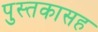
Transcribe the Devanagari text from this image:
पुस्तकासह